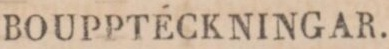
BOUPPTÉCKNINGAR.